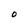
Character: O